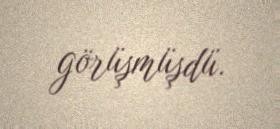
görüşmüşdü.